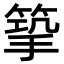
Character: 𢲿